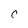
Character: c